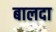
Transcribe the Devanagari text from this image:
बालदा